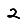
Digit: 2